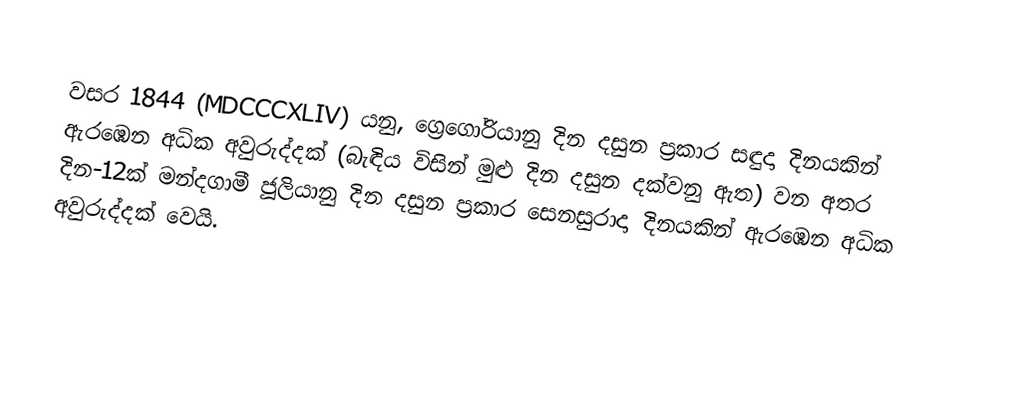

වසර 1844 (MDCCCXLIV) යනු, ග්‍රෙගෝරියානු දින දසුන ප්‍රකාර  සඳුදා දිනයකින් ඇරඹෙන අධික අවුරුද්දක් (බැඳිය විසින් මුළු දින දසුන දක්වනු ඇත) වන අතර දින-12ක් මන්දගාමී  ජූලියානු දින දසුන ප්‍රකාර  සෙනසුරාදා දිනයකින් ඇරඹෙන අධික අවුරුද්දක් වෙයි.